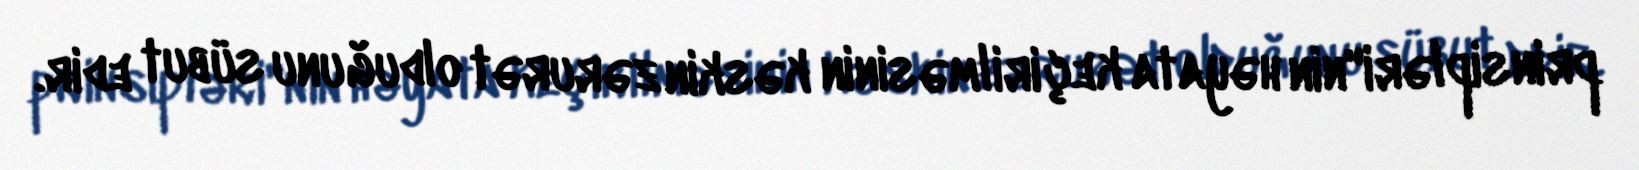
prinsipləri"nin həyata keçirilməsinin kəskin zərurət olduğunu sübut edir.